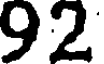
92